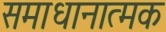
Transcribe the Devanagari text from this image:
समाधानात्मक